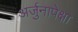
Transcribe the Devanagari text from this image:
अर्जुनापेक्षा